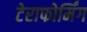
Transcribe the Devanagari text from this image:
टेराफोर्मिंग